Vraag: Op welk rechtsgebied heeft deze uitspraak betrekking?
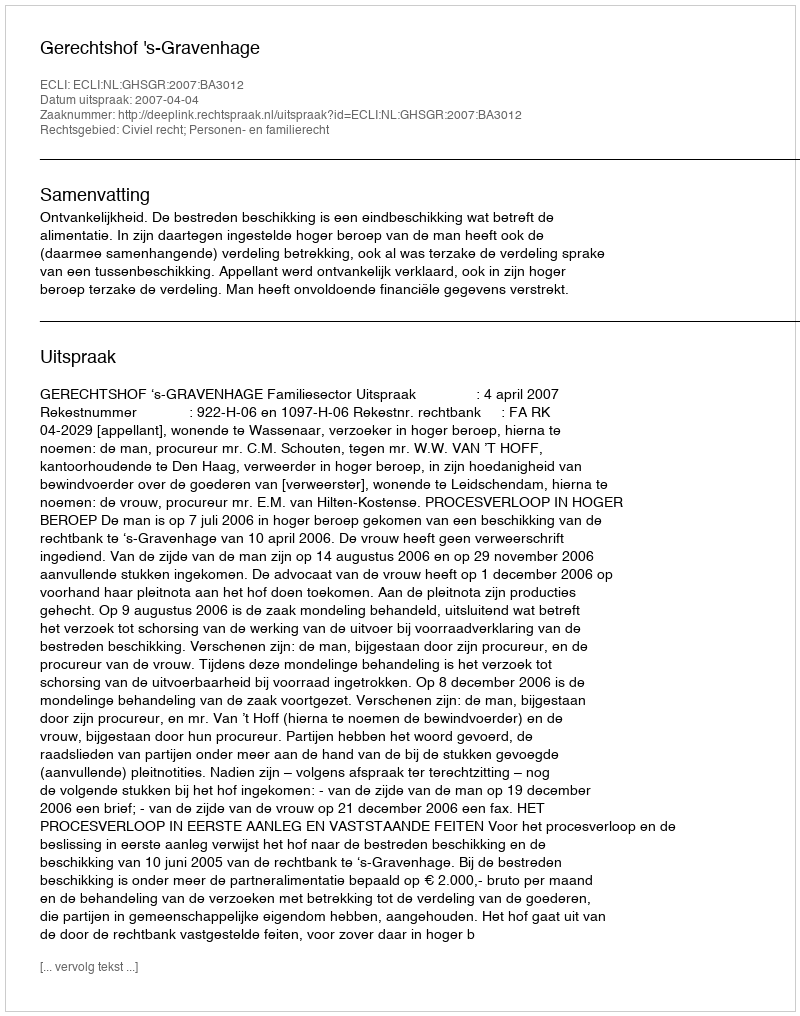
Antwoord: Civiel recht; Personen- en familierecht